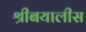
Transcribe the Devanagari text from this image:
श्रीबयालीस